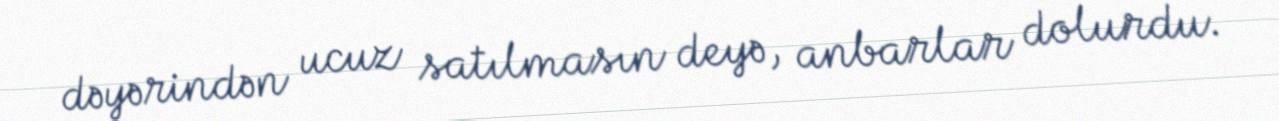
dəyərindən ucuz satılmasın deyə, anbarlar dolurdu.